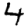
Digit: 4